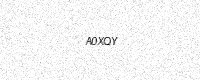
Text: A0XQY